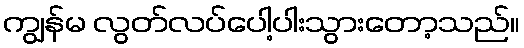
ကျွန်မ လွတ်လပ်ပေါ့ပါးသွားတော့သည်။